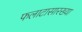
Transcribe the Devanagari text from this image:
फलाटासारख्या